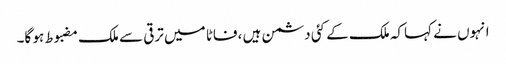
انہوں نے کہاکہ ملک کے کئی دشمن ہیں ،فاٹا میں ترقی سے ملک مضبوط ہو گا۔